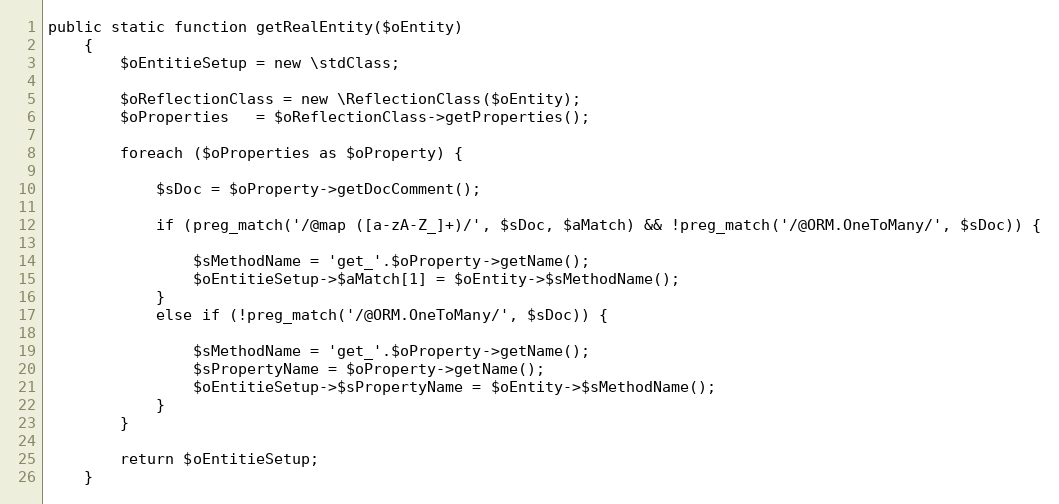
Language: PHP
public static function getRealEntity($oEntity)
    {
        $oEntitieSetup = new \stdClass;

        $oReflectionClass = new \ReflectionClass($oEntity);
        $oProperties   = $oReflectionClass->getProperties();

        foreach ($oProperties as $oProperty) {

            $sDoc = $oProperty->getDocComment();

            if (preg_match('/@map ([a-zA-Z_]+)/', $sDoc, $aMatch) && !preg_match('/@ORM.OneToMany/', $sDoc)) {

                $sMethodName = 'get_'.$oProperty->getName();
                $oEntitieSetup->$aMatch[1] = $oEntity->$sMethodName();
            }
            else if (!preg_match('/@ORM.OneToMany/', $sDoc)) {

                $sMethodName = 'get_'.$oProperty->getName();
                $sPropertyName = $oProperty->getName();
                $oEntitieSetup->$sPropertyName = $oEntity->$sMethodName();
            }
        }

        return $oEntitieSetup;
    }